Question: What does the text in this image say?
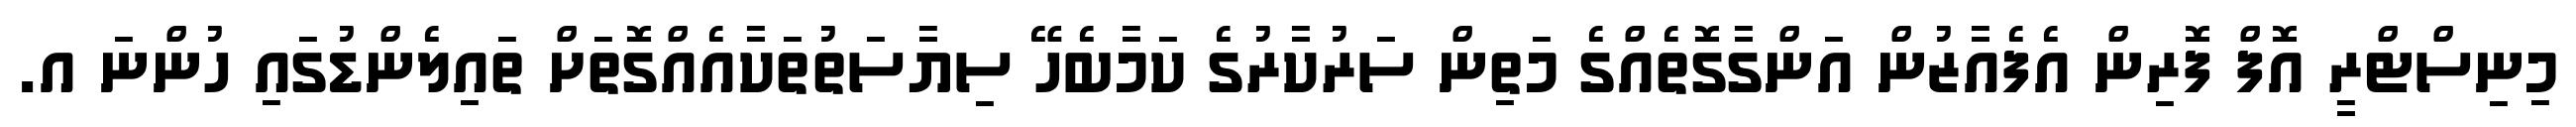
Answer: މިނިސްޓްރީ އޮފް ފޮރިން އެފެއާޒުން އަންގާގޮތެއްގެ މަތިން ސަރުކާރުގެ ކަމާބެހޭ ސިޔާސަތުތަކާއެއްގޮތަށް ތައިލެންޑުގައި ހުންނަ އ.